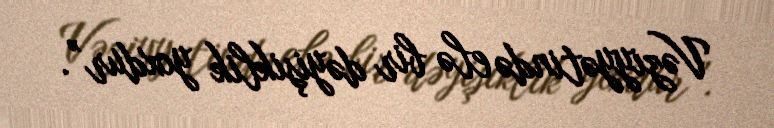
Vəziyyətində elə bir dəyişiklik yoxdur”.